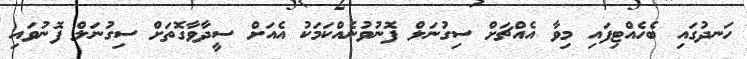
ހަނދުގައި ބެހެއްޓިފައި މިވާ އެއްޗަށް ސިގުނަލް ފޮނުވުނެއްކަމަކު އެއަށް ސީދާވާގޮތަށް ސިގުނަލް ފޮނުވައި